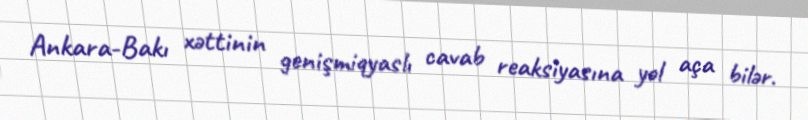
Ankara-Bakı xəttinin genişmiqyaslı cavab reaksiyasına yol aça bilər.